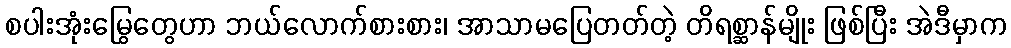
စပါးအုံးမြွေတွေဟာ ဘယ်လောက်စားစား၊ အာသာမပြေတတ်တဲ့ တိရစ္ဆာန်မျိုး ဖြစ်ပြီး အဲဒီမှာက